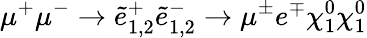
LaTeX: \mu^{+}\mu^{-}\to\tilde{e}_{1,2}^{+}\tilde{e}_{1,2}^{-}\to\mu^{\pm}e^{\mp}\chi_{1}^{0}\chi_{1}^{0}